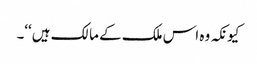
کیونکہ وہ اس ملک کے مالک ہیں‘‘۔